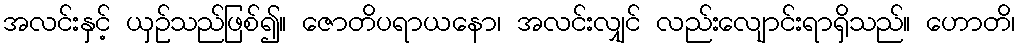
အလင်းနှင့် ယှဉ်သည်ဖြစ်၍။ ဇောတိပရာယနော၊ အလင်းလျှင် လည်းလျောင်းရာရှိသည်။ ဟောတိ၊